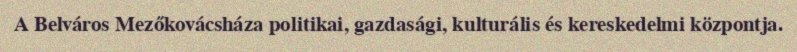
A Belváros Mezőkovácsháza politikai, gazdasági, kulturális és kereskedelmi központja.